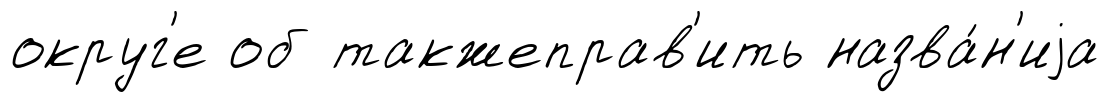
округ'е об такжеправ'ить назва́н'иjа